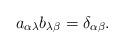
LaTeX: \begin{gather*}a_{\alpha\lambda}b_{\lambda\beta}=\delta_{\alpha\beta}.\end{gather*}